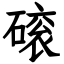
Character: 磙